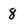
Character: 8